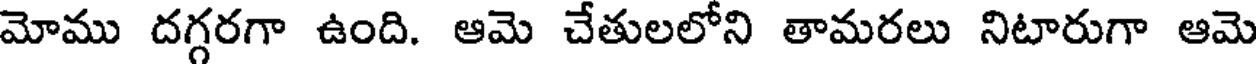
మోము దగ్గరగా ఉంది. ఆమె చేతులలోని తామరలు నిటారుగా ఆమె